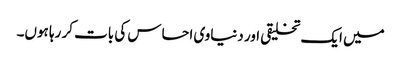
میں ایک تخلیقی اور دنیاوی احساس کی بات کر رہا ہوں۔